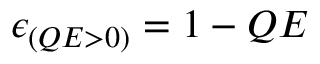
\epsilon _ { ( Q E > 0 ) } = 1 - Q E